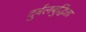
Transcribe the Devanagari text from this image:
दुर्बलबुद्धिता